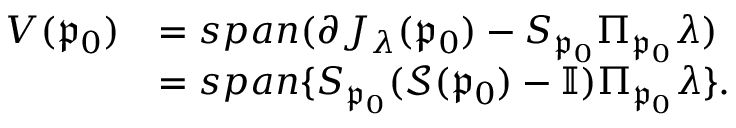
\begin{array} { r l } { V ( \mathfrak { p } _ { 0 } ) } & { = s p a n ( \partial J _ { \boldsymbol { \lambda } } ( \mathfrak { p } _ { 0 } ) - S _ { \mathfrak { p } _ { 0 } } \Pi _ { \mathfrak { p } _ { 0 } } \boldsymbol { \lambda } ) } \\ & { = s p a n \{ S _ { \mathfrak { p } _ { 0 } } ( \mathcal { S } ( \mathfrak { p } _ { 0 } ) - \mathbb { I } ) \Pi _ { \mathfrak { p } _ { 0 } } \boldsymbol { \lambda } \} . } \end{array}